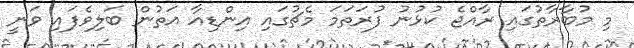
މި މުބާރާތުގައި ރާއްޖެ ކުޅުނު ފުރަތަމަ މެޗުގައި އިންޑިއާ އަތުން ބަލިވެފައި ވަނީ